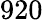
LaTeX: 920